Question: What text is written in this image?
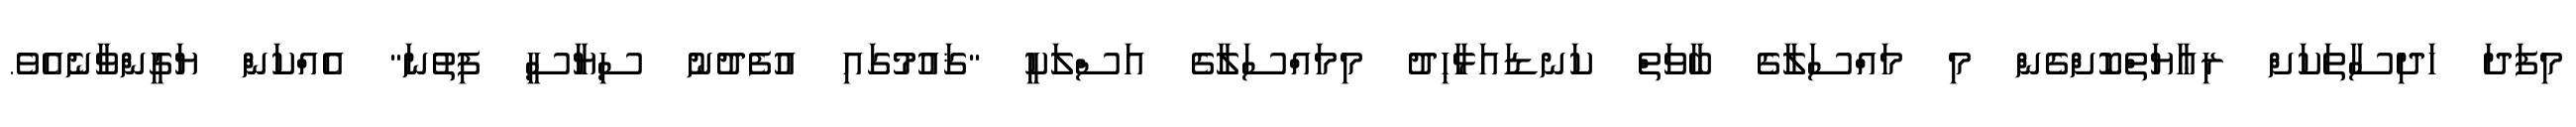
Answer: މިފަދަ ހަދިސާތަކަށް ރިޢާޔަތްކޮށްގެން މި މައްސަލާގެ ބާވަތް ކަނޑައަޅާހިދު މިމައްސަލާގެ އަސްލަކީ "ޤައުމުގައި އުފެދުނު ސިޔާސީ ފިތުނަ" އެއްކަން ޔަގީންވާނެއެވެ.